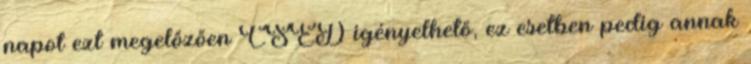
napot ezt megelőzően CSED igényelhető, ez esetben pedig annak